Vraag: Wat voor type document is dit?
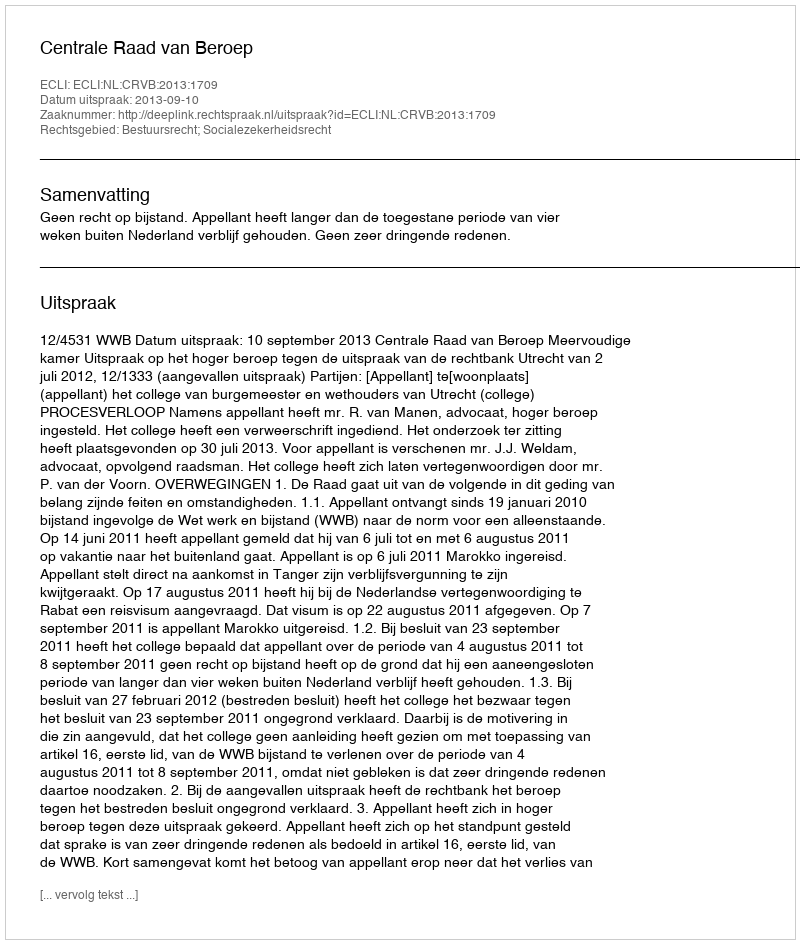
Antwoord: Uitspraak